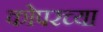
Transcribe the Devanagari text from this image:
कोपरच्या